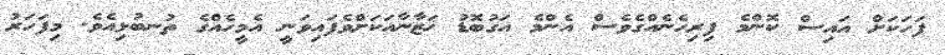
ފަހަކަށް އައިސް ކޮންމެ ފިރިހެނެއްގެވެސް އެންމެ އަގުބޮޑު ޚަޒާނާއަކަށްވެފައިވަނީ އެމީހެއްގެ ތުނބުޅިއެވެ. މިފަހަރު